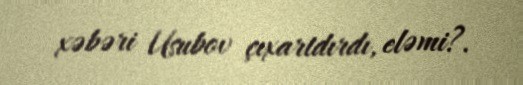
xəbəri Usubov çıxartdırdı, eləmi?.